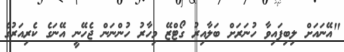
"އޭނައަށް ލިބިފައިވާ ހުނަރަށް ބަލާއިރު ގޯޓްޒޭ މިހާރު ހުންނަން ޖެހޭނީ އޭނަގެ ކެރިއަރުގެ